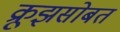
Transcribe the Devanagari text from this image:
क्रूझसोबत